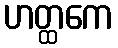
ဟတ္ထကေ